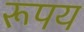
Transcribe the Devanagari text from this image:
रूपय